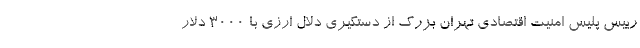
رییس پلیس امنیت اقتصادی تهران بزرگ از دستگیری دلال ارزی با ۳۰۰۰ دلار